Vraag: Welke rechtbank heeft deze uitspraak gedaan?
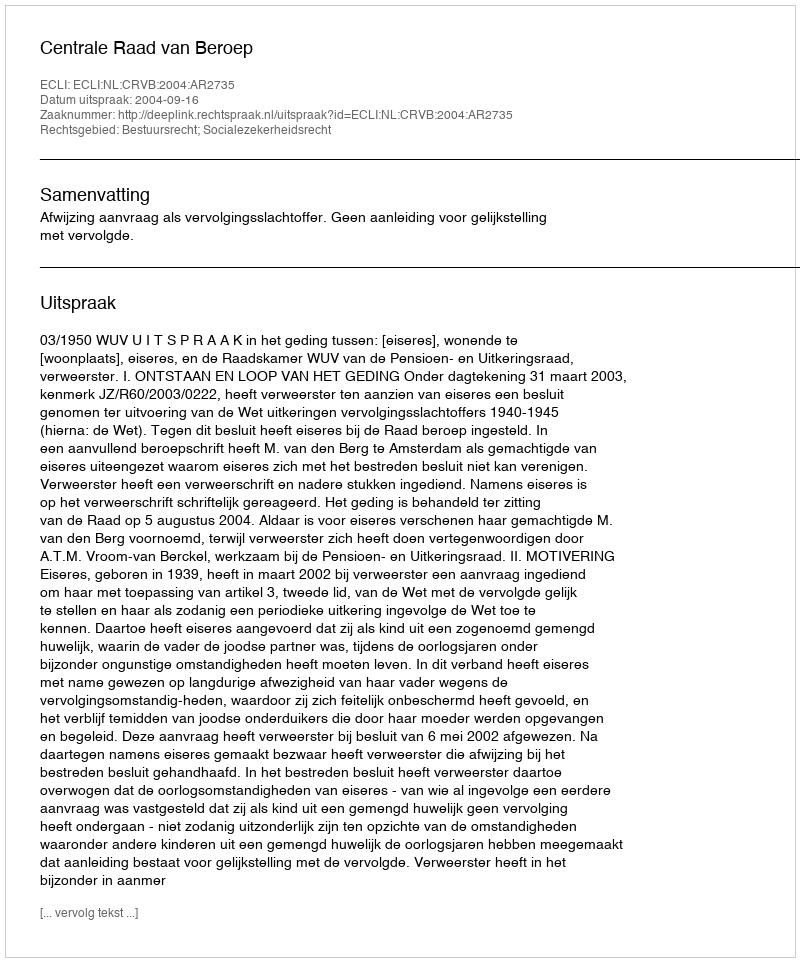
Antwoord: Centrale Raad van Beroep